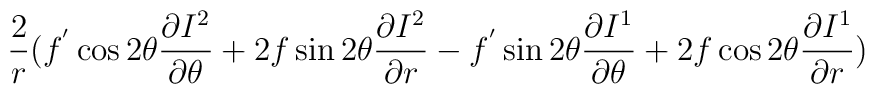
\frac{2}{r} ( f^{'} \cos 2 \theta \frac{\partial I^2}{\partial\theta} + 2 f \sin 2 \theta \frac{\partial I^2}{\partial r} -f^{'} \sin 2 \theta \frac{\partial I^1}{\partial \theta} + 2 f\cos 2 \theta \frac{\partial I^1}{\partial r} ) \nonumber